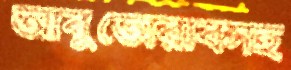
আবুতোরাবসহ